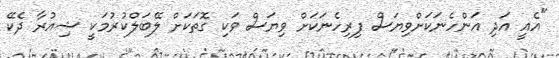
"އެއީ އަދި އަންހެނަކަށްވިޔަސް ފިރިހެނަކަށް ވިޔަސް ވަކި ގޮތަކަށް ލޭބަލްކުރުމަކީ ޝިއުރާ ދެކޭ